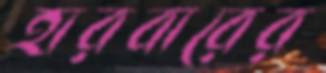
হারবারের